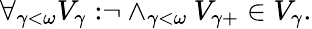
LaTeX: \forall_{\gamma<\omega}{V_{\gamma}:}\neg\land_{\gamma<\omega}{V_{\gamma+}\in V_{\gamma}}.